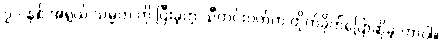
၇၁ နှစ် အရွယ် သမ္မတ ကို ပြီးခဲ့တဲ့ သီတင်းပတ်က တိုက်ခိုက်ပြောဆိုခဲ့ တာပါ။